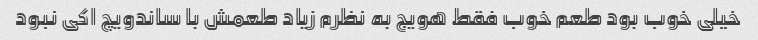
خیلی خوب بود طعم خوب فقط هویج به نظرم زیاد طعمش با ساندویچ اکی نبود